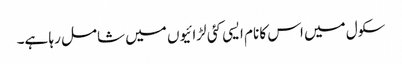
سکول میں اس کا نام ایسی کئی لڑائیوں میں شامل رہا ہے۔